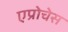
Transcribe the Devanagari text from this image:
एप्रोचेस